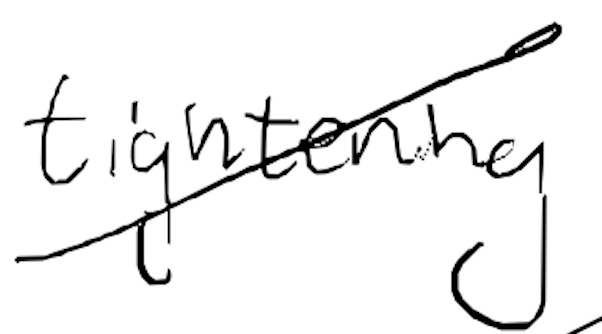
Text: tightening
Cross-out: diagonal
Writing tool: digital_black